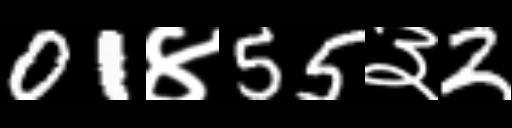
Text: 01४55३2